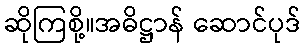
ဆိုကြစို့။အဓိဋ္ဌာန် ဆောင်ပုဒ်